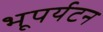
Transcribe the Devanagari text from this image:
भूपर्यटन